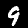
Label: 9